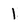
Character: 1